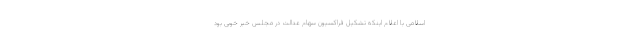
اسلامی با اعلام اینکه تشکیل فراکسیون سهام عدالت در مجلس خبر خوبی بود